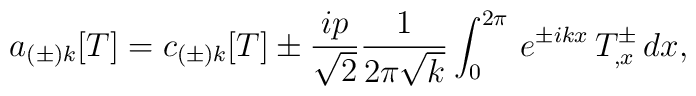
a_{(\pm) k}[T] =c_{(\pm)k}[T] \pm {ip \over \sqrt{2}}{1\over2\pi\sqrt{k}}\int_{0}^{2\pi}\, e^{\pm ikx}\,T^{\pm}_{,x}\,dx ,